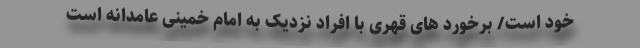
خود است/ برخورد های قهری با افراد نزدیک به امام خمینی عامدانه است